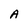
Character: A